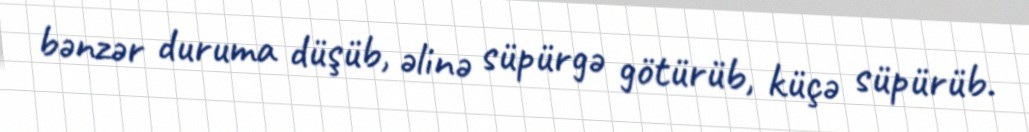
bənzər duruma düşüb, əlinə süpürgə götürüb, küçə süpürüb.